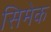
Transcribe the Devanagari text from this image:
सिमेक